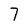
Character: 7